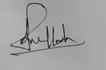
Signature authenticity: genuine